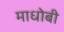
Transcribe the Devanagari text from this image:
माधोबी